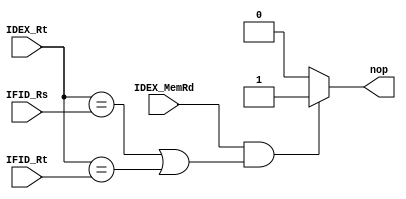
module Pipeline_Hazard(IDEX_MemRd,IDEX_Rt,IFID_Rs,IFID_Rt,nop);
input IDEX_MemRd;
input[4:0] IDEX_Rt,IFID_Rs,IFID_Rt;
output reg nop;

always @(*)
begin
if(IDEX_MemRd&((IDEX_Rt==IFID_Rs)|(IDEX_Rt==IFID_Rt)))   nop<=1; //load-use
else nop<=0;
end

endmodule